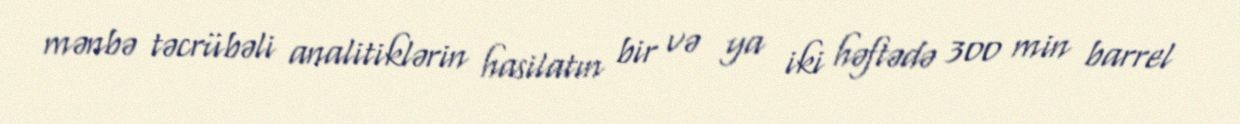
mənbə təcrübəli analitiklərin hasilatın bir və ya iki həftədə 300 min barrel